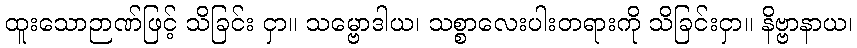
ထူးသောဉာဏ်ဖြင့် သိခြင်း ငှာ။ သမ္ဗောဒါယ၊ သစ္စာလေးပါးတရားကို သိခြင်းငှာ။ နိဗ္ဗာနာယ၊